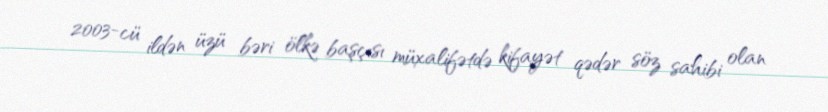
2003-cü ildən üzü bəri ölkə başçısı müxalifətdə kifayət qədər söz sahibi olan